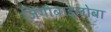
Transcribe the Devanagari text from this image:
जिंगोबाइलोबा